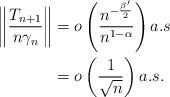
LaTeX: \begin{align*}\left\| \frac{T_{n+1}}{n\gamma_{n}} \right\| & = o \left( \frac{n^{-\frac{\beta '}{2}}}{n^{1-\alpha}} \right)a.s \\& = o \left( \frac{1}{\sqrt{n}}\right) a.s.\end{align*}